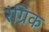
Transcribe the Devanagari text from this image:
रंग्रिक